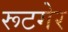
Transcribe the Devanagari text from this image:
रूटगेर